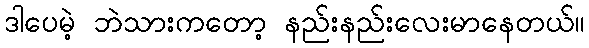
ဒါပေမဲ့ ဘဲသားကတော့ နည်းနည်းလေးမာနေတယ်။